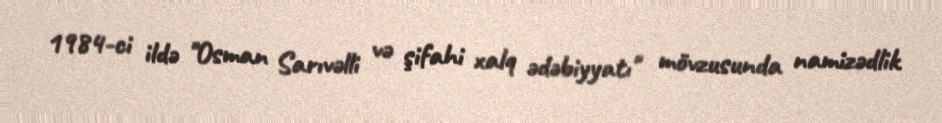
1984-ci ildə "Osman Sarıvəlli və şifahi xalq ədəbiyyatı" mövzusunda namizədlik